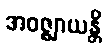
အဝဇ္ဈာယန္တိ